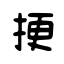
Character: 挭